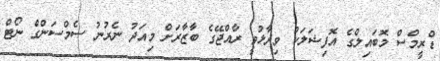
ޑްރީމްސް މޮބައިލްގެ އޮފިޝަލަކު ވިދާޅުވީ ރާއްޖޭގެ ބާޒާރަށް މިއަދު ނެރުނު ސެމްސަންގް ނޯޓް